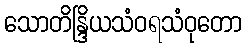
သောတိန္ဒြိယသံဝရသံဝုတော